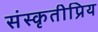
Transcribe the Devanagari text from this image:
संस्कृतीप्रिय